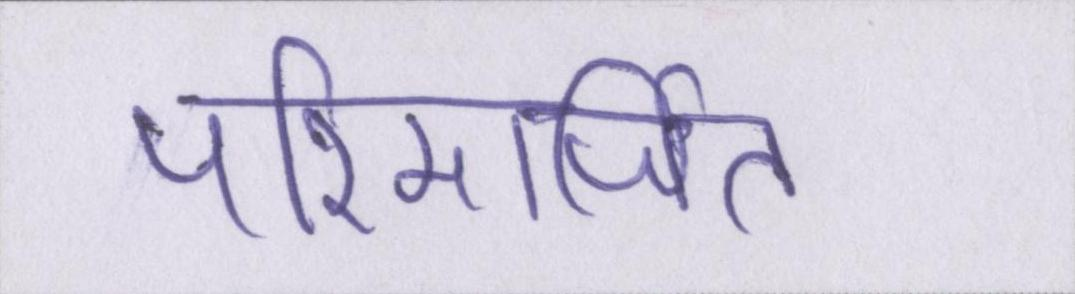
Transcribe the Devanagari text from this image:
परिमार्जित